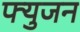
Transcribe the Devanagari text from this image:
फ्युजन